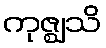
ကုဇ္ဈသိ